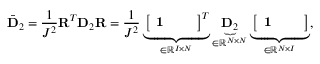
\bar { \mathbf { D } } _ { 2 } = \frac { 1 } { J ^ { 2 } } \mathbf { R } ^ { T } \mathbf { D } _ { 2 } \mathbf { R } = \frac { 1 } { J ^ { 2 } } \underbrace { \left[ \begin{array} { l l l } { \mathbf { 1 } } & { } & { } \end{array} \right] ^ { T } } _ { \in \mathbb { R } ^ { I \times N } } \underbrace { \mathbf { D } _ { 2 } } _ { \in \mathbb { R } ^ { N \times N } } \underbrace { \left[ \begin{array} { l l l } { \mathbf { 1 } } & { } & { } \end{array} \right] } _ { \in \mathbb { R } ^ { N \times I } } ,